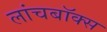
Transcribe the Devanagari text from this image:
लांचबॉक्स